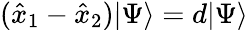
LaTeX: (\hat{x}_{1}-\hat{x}_{2})|\Psi\rangle=d|\Psi\rangle